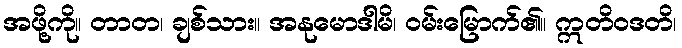
အဖို့ကို။ တာတ၊ ချစ်သား။ အနုမောဒါမိ၊ ဝမ်းမြောက်၏။ ဣတိဝဒတိ၊